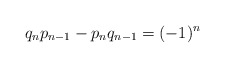
\begin{align*} q_n p_{n - 1} - p_n q_{n - 1} = ( -1 )^n \end{align*}